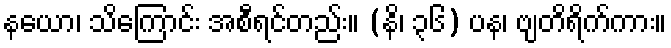
နယော၊ သိကြောင်း အစီရင်တည်း။ (နိ၊ ၃၆) ပန၊ ဗျတိရိက်ကား။